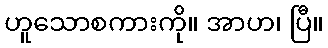
ဟူသောစကားကို။ အာဟ၊ ပြီ။